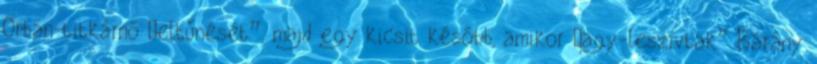
Orbán-titkárnő „eltűnését”, majd egy kicsit később, amikor „agy­­-leszívtak” Bárány